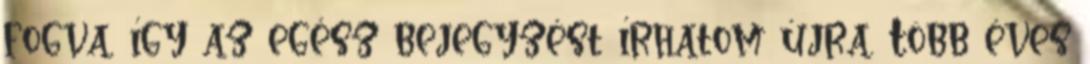
fogva, így az egész bejegyzést írhatom újra. Több éves